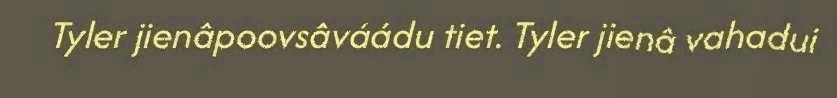
Tyler jienâpoovsâváádu tiet. Tyler jienâ vahadui